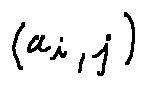
( a _ { i , j } )